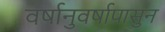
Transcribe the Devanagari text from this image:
वर्षानुवर्षापासुन